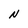
Character: N